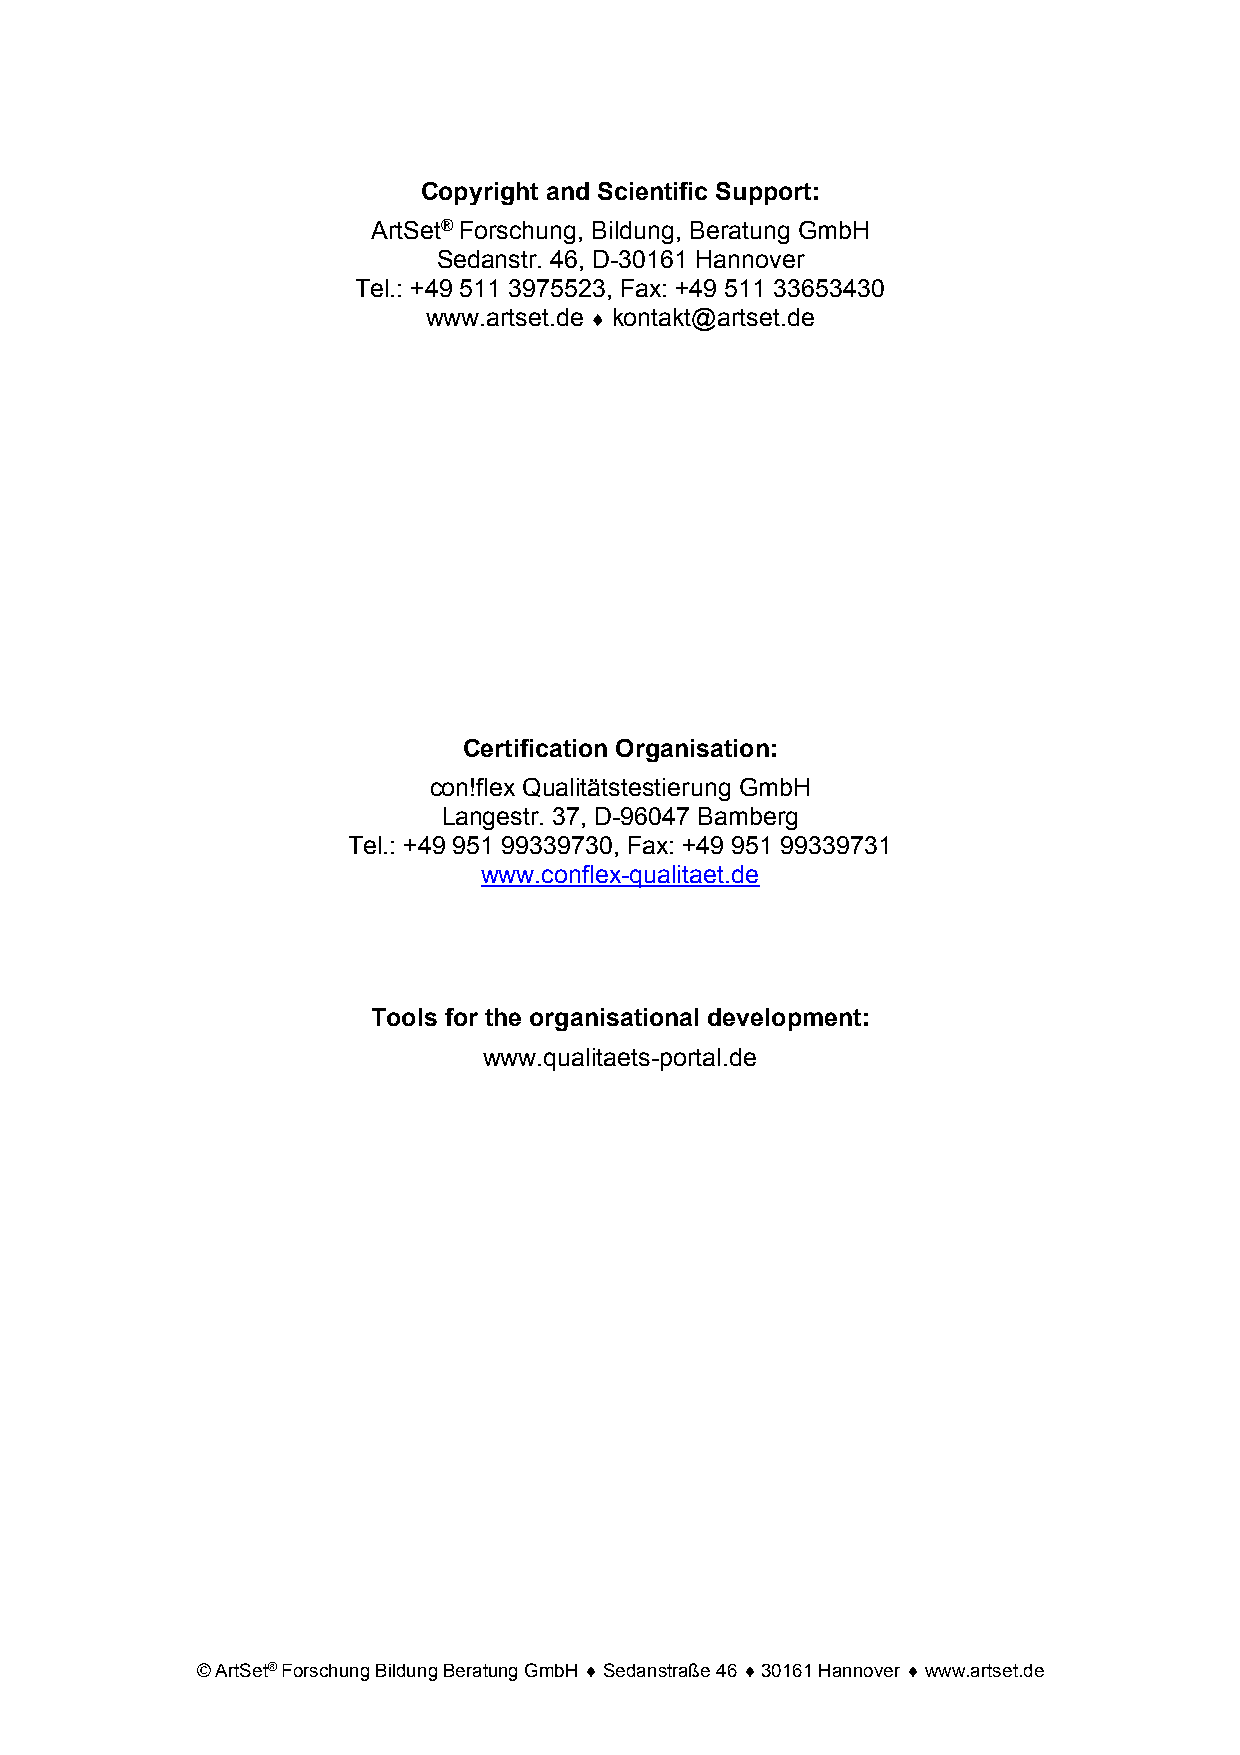
Copyright and Scientific Support:
 ArtSet® Forschung, Bildung, Beratung GmbH
 Sedanstr. 46, D-30161 Hannover
 Tel.: +49 511 3975523, Fax: +49 511 33653430
 www.artset.de ♦ kontakt@artset.de
 Certification Organisation:
 con!flex Qualitätstestierung GmbH
 Langestr. 37, D-96047 Bamberg
 Tel.: +49 951 99339730, Fax: +49 951 99339731
 www.conflex-qualitaet.de
 Tools for the organisational development:
 www.qualitaets-portal.de
 © ArtSet® Forschung Bildung Beratung GmbH ♦ Sedanstraße 46 ♦ 30161 Hannover ♦ www.artset.de